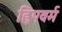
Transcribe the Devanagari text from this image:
ह्विपवर्म